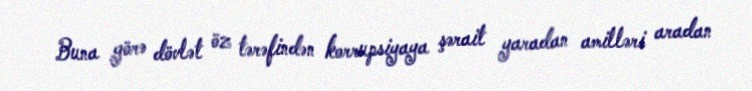
Buna görə dövlət öz tərəfindən korrupsiyaya şərait yaradan amilləri aradan